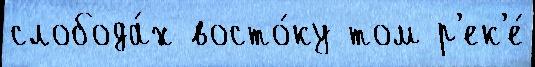
слобода́х восто́ку том р'ек'е́